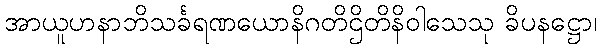
အာယူဟနာဘိသင်္ခရဏယောနိဂတိဌိတိနိဝါသေသု ခိပနဋ္ဌော၊